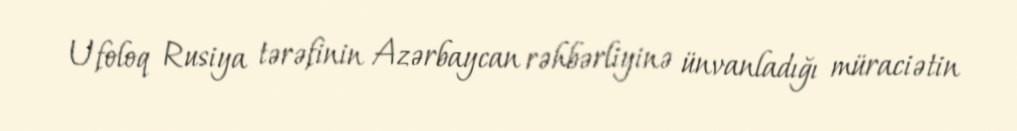
Ufoloq Rusiya tərəfinin Azərbaycan rəhbərliyinə ünvanladığı müraciətin